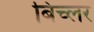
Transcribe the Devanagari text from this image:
बिच्लर